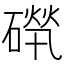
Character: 𥕚